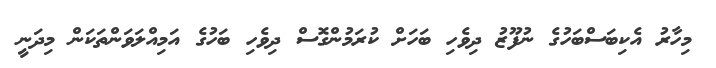
މިހާރު އެކިބަސްބަހުގެ ނުފޫޒު ދިވެހި ބަހަށް ކުރަމުންގޮސް ދިވެހި ބަހުގެ އަމިއްލަވަންތަކަން މިދަނީ